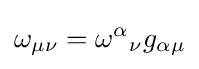
\omega _{\mu \nu }={\omega ^{\alpha }}_{\nu }g_{\alpha \mu }